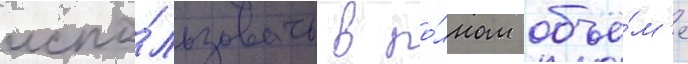
испо́льзовать в по́лном объё́м'е